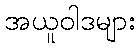
အယူဝါဒများ